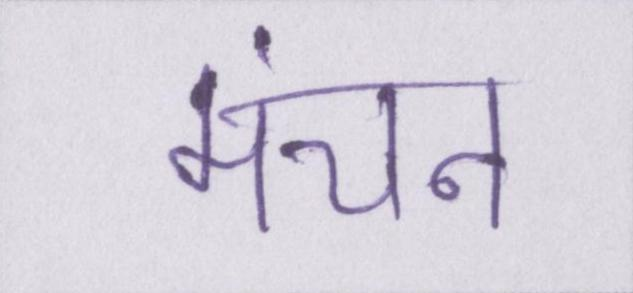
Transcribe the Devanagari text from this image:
मंचन